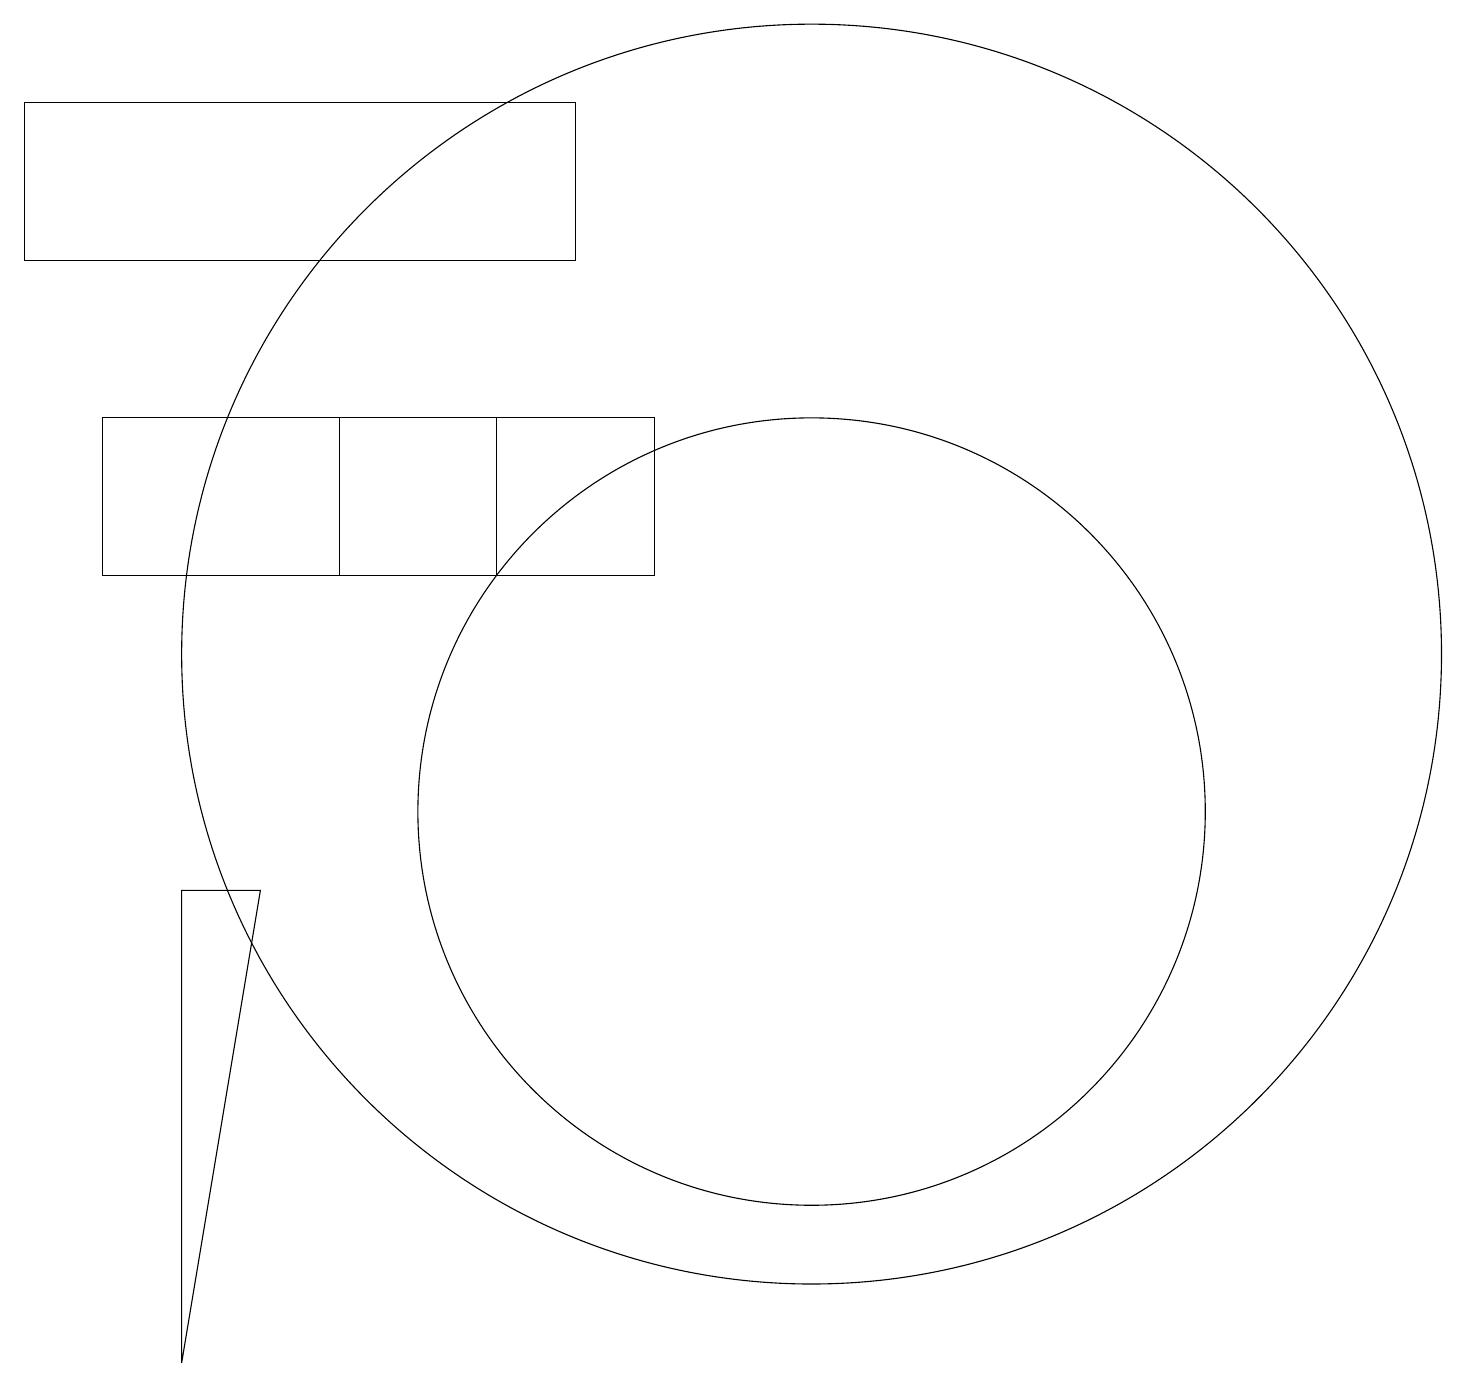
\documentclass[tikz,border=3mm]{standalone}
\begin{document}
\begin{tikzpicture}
\draw (11,10) circle (5);
\draw (8,17) rectangle (1,19);
\draw (2,15) rectangle (7,13);
\draw (4,9) -- (3,9) -- (3,3) -- cycle;
\draw (11,12) circle (8);
\draw (9,15) rectangle (5,13);
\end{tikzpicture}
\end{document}